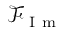
\mathcal { F } _ { \mathrm { ~ I ~ m ~ } }